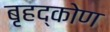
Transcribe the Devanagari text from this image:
बृहद्कोण